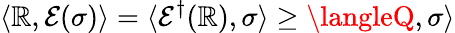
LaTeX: \langle\mathbb{R},{\mathcal{{E}}}(\sigma)\rangle=\langle{\mathcal{{E}}}^{\dagger}(\mathbb{R}),\sigma\rangle\geq\langleQ,\sigma\rangle